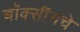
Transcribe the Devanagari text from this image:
बॉक्सींगचे